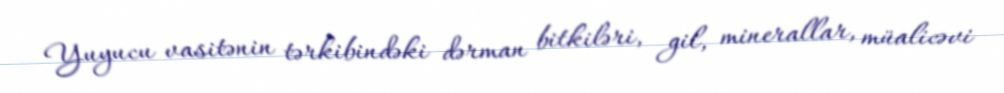
Yuyucu vasitənin tərkibindəki dərman bitkiləri, gil, minerallar, müalicəvi